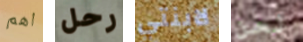
اهم رحل لابنتي نحن